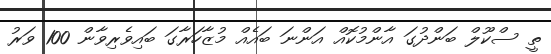
ތީ ސްކޫލް ބަންދުގަ އާންމުކޮއް އަންނަ ބައެއް މުޒާހަރާގަ ބައިވެރިވާން 100 ވަރު